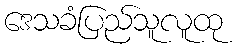
ဒေသခံပြည်သူလူထု